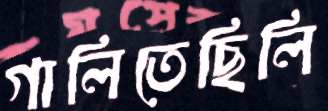
গালিতেছিলি